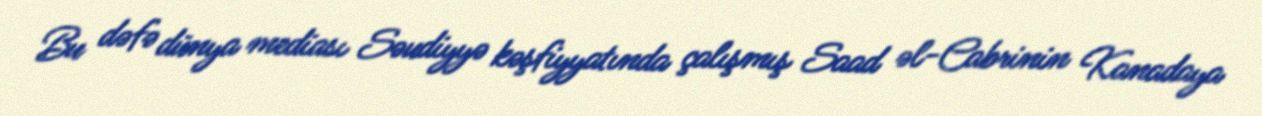
Bu dəfə dünya mediası Səudiyyə kəşfiyyatında çalışmış Saad əl-Cabrinin Kanadaya